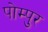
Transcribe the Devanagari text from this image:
पोम्पुर